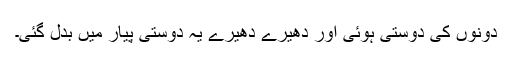
دونوں کی دوستی ہوئی اور دھیرے دھیرے یہ دوستی پیار میں بدل گئی۔